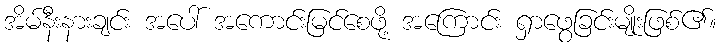
အိမ်နီးနားချင်း အပေါ် အကောင်းမြင်စေဖို့ အကြောင်း ရှာဖွေခြင်းမျိုးဖြစ်၏။